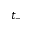
t _ { - }